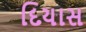
દિયાસ